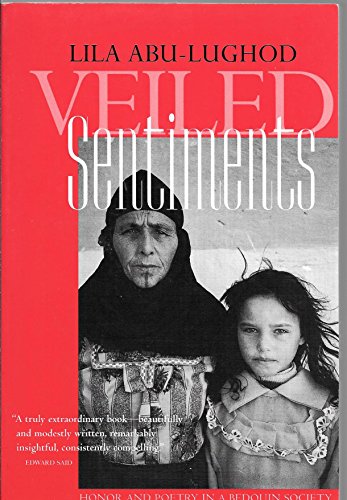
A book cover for VEILED SENTIMENTS Honor and Poetry in a Bedouin Society,; Lila Abu-Lughod; Travel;